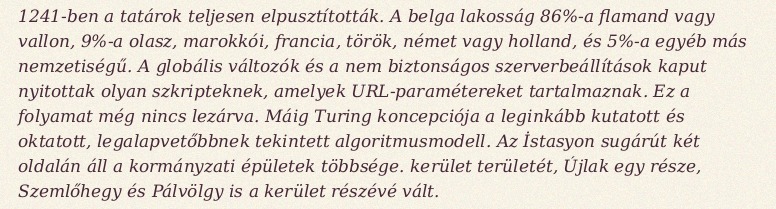
1241-ben a tatárok teljesen elpusztították. A belga lakosság 86%-a flamand vagy vallon, 9%-a olasz, marokkói, francia, török, német vagy holland, és 5%-a egyéb más nemzetiségű. A globális változók és a nem biztonságos szerverbeállítások kaput nyitottak olyan szkripteknek, amelyek URL-paramétereket tartalmaznak. Ez a folyamat még nincs lezárva. Máig Turing koncepciója a leginkább kutatott és oktatott, legalapvetőbbnek tekintett algoritmusmodell. Az İstasyon sugárút két oldalán áll a kormányzati épületek többsége. kerület területét, Újlak egy része, Szemlőhegy és Pálvölgy is a kerület részévé vált.